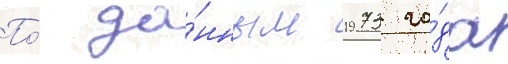
По́ да́нным 1973 го́да